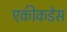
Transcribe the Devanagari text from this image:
एकीकडेस